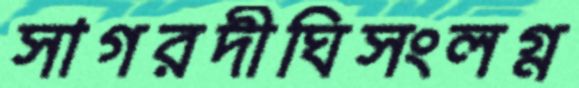
সাগরদীঘিসংলগ্ন